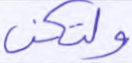
ولتكن